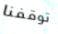
توقفنا